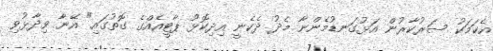
އެކަމަކު ސަރުކާރުން އަޅުގަނޑުމެންނާ މެދު ދެކެނީ އިދިކޮޅު ޕާޓީއެއްގެ ގޮތުގައި" އޭނާ ވިދާޅުވި